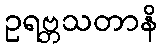
ဥရဗ္ဘသတာနိ